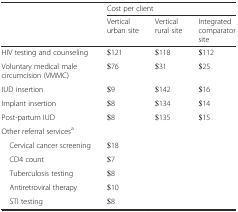
<table><thead><tr><td rowspan="2"></td><td colspan="3"><b>Cost per client</b></td></tr><tr><td><b>Vertical urban site</b></td><td><b>Vertical rural site</b></td><td><b>Integrated comparator site</b></td></tr></thead><tbody><tr><td>HIV testing and counseling</td><td>$121</td><td>$118</td><td>$112</td></tr><tr><td>Voluntary medical male circumcision (VMMC)</td><td>$76</td><td>$31</td><td>$25</td></tr><tr><td>IUD insertion</td><td>$9</td><td>$142</td><td>$16</td></tr><tr><td>Implant insertion</td><td>$8</td><td>$134</td><td>$14</td></tr><tr><td>Post-partum IUD</td><td>$8</td><td>$135</td><td>$15</td></tr><tr><td colspan="4">Other referral services<sup>a</sup></td></tr><tr><td> Cervical cancer screening</td><td>$18</td><td></td><td></td></tr><tr><td> CD4 count</td><td>$7</td><td></td><td></td></tr><tr><td> Tuberculosis testing</td><td>$8</td><td></td><td></td></tr><tr><td> Antiretroviral therapy</td><td>$10</td><td></td><td></td></tr><tr><td> STI testing</td><td>$8</td><td></td><td></td></tr></tbody></table>